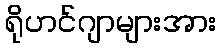
ရိုဟင်ဂျာများအား